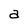
Character: a